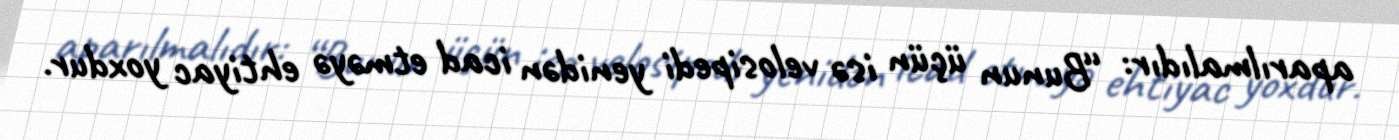
aparılmalıdır: “Bunun üçün isə velosipedi yenidən icad etməyə ehtiyac yoxdur.